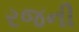
રજની